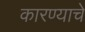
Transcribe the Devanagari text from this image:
कारण्याचे